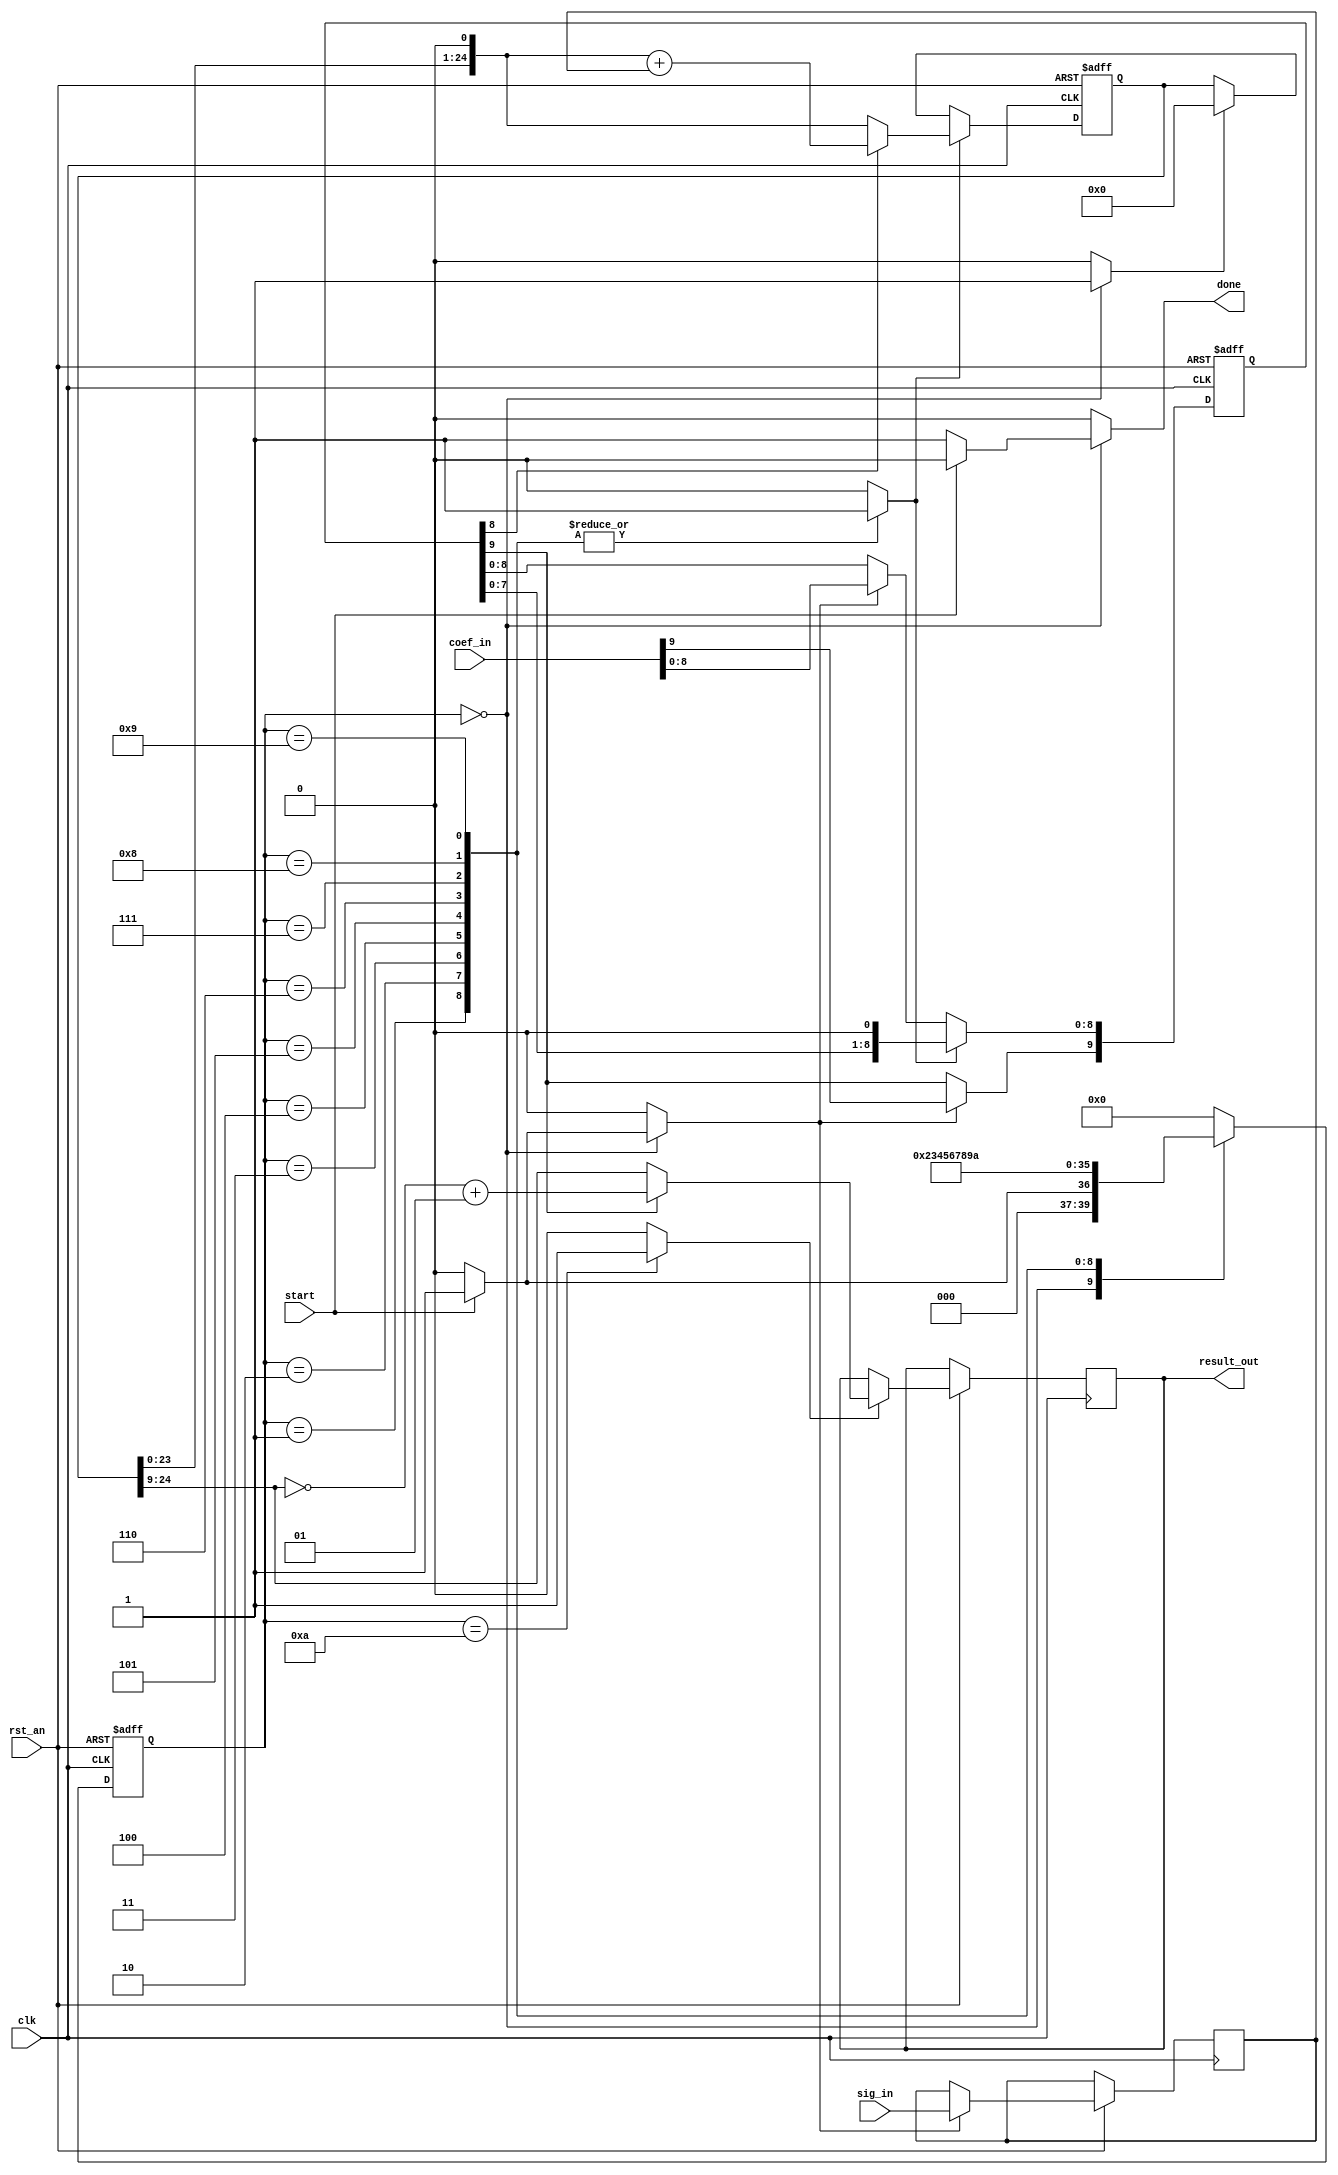
// This program was cloned from: https://github.com/trcwm/Speech256
// License: GNU Lesser General Public License v3.0

// SPEECH 256
// Copyright (C) 2017 Niels Moseley / Moseley Instruments
// http://www.moseleyinstruments.com
//
// This program is free software: you can redistribute it and/or modify
// it under the terms of the GNU General Public License as published by
// the Free Software Foundation, either version 3 of the License, or
// (at your option) any later version.
//
// This program is distributed in the hope that it will be useful,
// but WITHOUT ANY WARRANTY; without even the implied warranty of
// MERCHANTABILITY or FITNESS FOR A PARTICULAR PURPOSE.  See the
// GNU General Public License for more details.
//
// You should have received a copy of the GNU General Public License
// along with this program.  If not, see <http://www.gnu.org/licenses/>.
// 
// 16bit x 10bit signed serial/parallel multiplier.
//

module SPMUL (
        clk, 
        rst_an, 
        sig_in, 
        coef_in, 
        result_out,
        start,
        done
    );

    //////////// CLOCK //////////
    input clk;

    //////////// RESET, ACTIVE LOW //////////
    input rst_an;

    //////////// MULTIPLIER INPUTS //////////
    input signed [15:0] sig_in;
    input signed [9:0]  coef_in;
    input start;

    //////////// MULTIPLIER OUTPUT //////////
    output reg signed [15:0] result_out;
    output reg done;

    //////////// internal signals //////////
    reg signed [24:0] accumulator;  
    reg signed [9:0]  coefreg;
    reg signed [15:0] sigreg;
    reg push_result;
    reg load_operands;
    reg [3:0]         cur_state;        // cur_state machine cur_state
    reg [3:0]         next_state;
    
    reg domulcycle, accu_clr;

    // clocked process
    always @(posedge clk or negedge rst_an)
    begin
        if (rst_an == 0)
        begin
            accumulator <= 0;
            coefreg     <= 0;
            cur_state   <= 0;
        end
        else
        begin
            if (accu_clr == 1)
            begin
                accumulator <= 0;
            end
            
            if (load_operands == 1)
            begin
                coefreg  <= coef_in;
                sigreg   <= sig_in;
            end
            
            if (domulcycle == 1)
            begin
                // note: leave coefreg[9] untouched
                // as this is the sign bit...
                if (coefreg[8] == 1'b1)
                    accumulator <= $signed({accumulator[23:0], 1'b0}) + sigreg;
                else    
                    accumulator <= {accumulator[23:0], 1'b0};
                
                coefreg[8:0] <= {coefreg[7:0], 1'b0};            
            end

            if (push_result == 1)
            begin
                if (coefreg[9] == 0)
                    result_out <= accumulator[24:9];
                else
                    result_out <= $signed(~accumulator[24:9]) + 1;
            end

            cur_state <= next_state;
        end
    end
           
    parameter S_IDLE    = 4'b0000,
              S_CYCLE1  = 4'b0001,
              S_CYCLE2  = 4'b0010,
              S_CYCLE3  = 4'b0011,
              S_CYCLE4  = 4'b0100,
              S_CYCLE5  = 4'b0101,
              S_CYCLE6  = 4'b0110,
              S_CYCLE7  = 4'b0111,
              S_CYCLE8  = 4'b1000,
              S_CYCLE9  = 4'b1001,
              S_CYCLE10 = 4'b1010;

    // FSM combinational process
    always @(*)
    begin

        // FSM defaults
        done        <= 0;
        next_state  <= cur_state;
        accu_clr    <= 0;
        domulcycle  <= 0;
        push_result <= 0;
        load_operands <= 0;

        case(cur_state)
            S_IDLE: // IDLE cur_state
                begin
                    accu_clr <= 1;
                    if (start == 1)
                    begin
                        load_operands <= 1;
                        next_state <= S_CYCLE1;
                    end
                    else    
                    begin
                        done       <= 1;
                        next_state <= S_IDLE;
                    end
                end
            S_CYCLE1: 
                begin
                    domulcycle <= 1;
                    next_state <= S_CYCLE2;
                end
            S_CYCLE2: 
                begin
                    domulcycle <= 1;
                    next_state <= S_CYCLE3;
                end
            S_CYCLE3: 
                begin
                    domulcycle <= 1;
                    next_state <= S_CYCLE4;
                end
            S_CYCLE4: 
                begin
                    domulcycle <= 1;
                    next_state <= S_CYCLE5;
                end
            S_CYCLE5: 
                begin
                    domulcycle <= 1;
                    next_state <= S_CYCLE6;
                end
            S_CYCLE6:
                begin
                    domulcycle <= 1;
                    next_state <= S_CYCLE7;
                end
            S_CYCLE7:
                begin
                    domulcycle <= 1;
                    next_state <= S_CYCLE8;
                end
            S_CYCLE8:
                begin
                    domulcycle <= 1;
                    next_state <= S_CYCLE9;
                end
            S_CYCLE9:
                begin
                    domulcycle <= 1;
                    next_state <= S_CYCLE10;
                end
            S_CYCLE10:
                begin
                    push_result <= 1;
                    next_state <= S_IDLE;
                end
            default:
                next_state <= S_IDLE;
        endcase
    end
endmodule